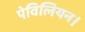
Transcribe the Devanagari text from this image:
पेविलियन।